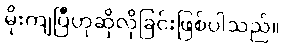
မိုးကျပြီဟုဆိုလိုခြင်းဖြစ်ပါသည်။